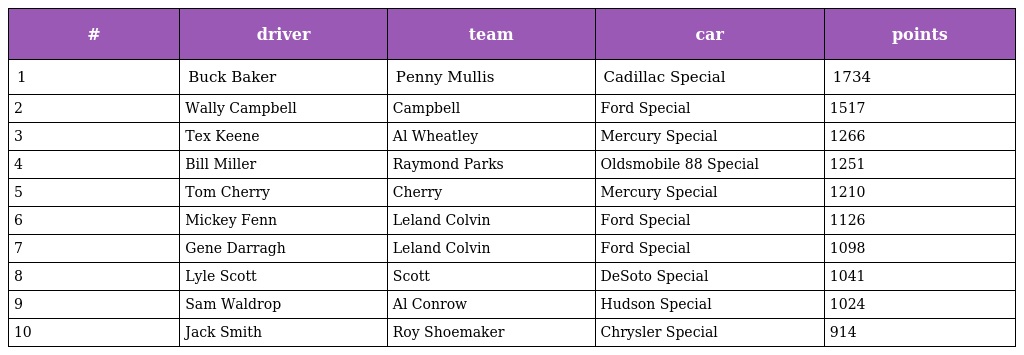
| # | driver | team | car | points |
 | --- | --- | --- | --- | --- |
 | 1 | Buck Baker | Penny Mullis | Cadillac Special | 1734 |
 | 2 | Wally Campbell | Campbell | Ford Special | 1517 |
 | 3 | Tex Keene | Al Wheatley | Mercury Special | 1266 |
 | 4 | Bill Miller | Raymond Parks | Oldsmobile 88 Special | 1251 |
 | 5 | Tom Cherry | Cherry | Mercury Special | 1210 |
 | 6 | Mickey Fenn | Leland Colvin | Ford Special | 1126 |
 | 7 | Gene Darragh | Leland Colvin | Ford Special | 1098 |
 | 8 | Lyle Scott | Scott | DeSoto Special | 1041 |
 | 9 | Sam Waldrop | Al Conrow | Hudson Special | 1024 |
 | 10 | Jack Smith | Roy Shoemaker | Chrysler Special | 914 |